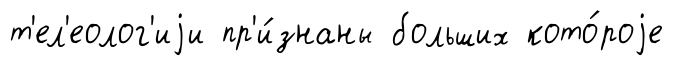
т'ел'еолог'иjи пр'и́знаны больших кото́роjе